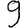
Digit: 9